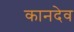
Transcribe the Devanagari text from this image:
कानदेव